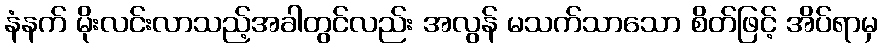
နံနက် မိုးလင်းလာသည့်အခါတွင်လည်း အလွန် မသက်သာသော စိတ်ဖြင့် အိပ်ရာမှ